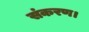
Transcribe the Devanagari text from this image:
संकरण।